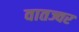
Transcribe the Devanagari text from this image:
वातज्वर